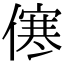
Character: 㒏